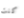
كنت